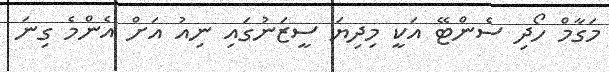
މަގާމް ހޯދި ސެންޓޭ އަކީ މިދިޔަ ސީޒަނުގައި ނިއު އަށް އެންމެ ގިނަ